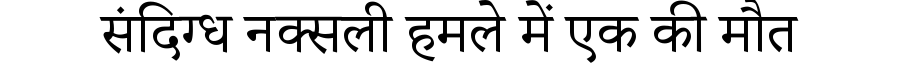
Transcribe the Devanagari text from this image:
संदिग्ध नक्सली हमले में एक की मौत